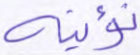
نؤتيه